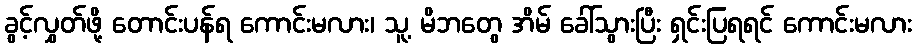
ခွင့်လွှတ်ဖို့ တောင်းပန်ရ ကောင်းမလား၊ သူ့ မိဘတွေ အိမ် ခေါ်သွားပြီး ရှင်းပြရရင် ကောင်းမလား